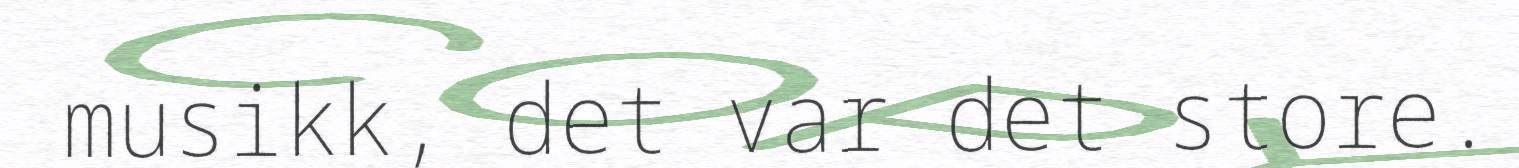
musikk, det var det store.